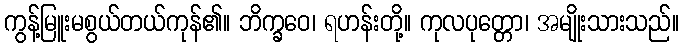
ကွန့်မြူးမစွယ်တယ်ကုန်၏။ ဘိက္ခဝေ၊ ရဟန်းတို့။ ကုလပုတ္တော၊ အမျိုးသားသည်။